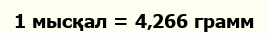
1 мысқал = 4‚266 грамм